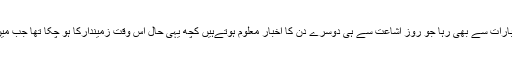
ہمارا واسطہ البتہ برسوں ایسے اخبارات سے بھی رہا جو روز اشاعت سے ہی دوسرے دن کا اخبار معلوم ہوتےہیں کچھ یہی حال اس وقت زمیندارکا ہو چکا تھا جب میں اسے روز کے روز پڑھنے لگا۔